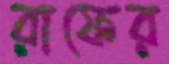
রাফের